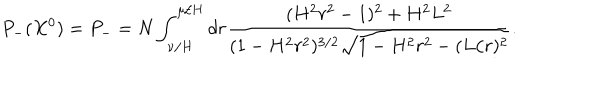
LaTeX: P _ { - } ( X ^ { 0 } ) = P _ { - } = N \int _ { \nu / H } ^ { \mu / H } d r \frac { ( H ^ { 2 } r ^ { 2 } - 1 ) ^ { 2 } + H ^ { 2 } L ^ { 2 } } { ( 1 - H ^ { 2 } r ^ { 2 } ) ^ { 3 / 2 } \sqrt { 1 - H ^ { 2 } r ^ { 2 } - ( L / r ) ^ { 2 } } } .